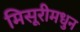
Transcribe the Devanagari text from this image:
मिसूरीमधुन